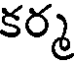
కర్మ